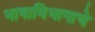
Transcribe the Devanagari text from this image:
भाषाविभागाचे